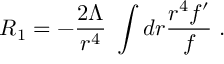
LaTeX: R _ { 1 } = - \frac { 2 \Lambda } { r ^ { 4 } } \; \int d r \frac { r ^ { 4 } f ^ { \prime } } { f } \; .